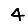
Digit: 4